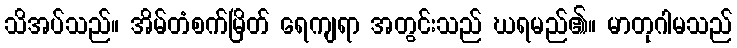
သိအပ်သည်။ အိမ်တံစက်မြိတ် ရေကျရာ အတွင်းသည် ဃရမည်၏။ မာတုဂါမသည်